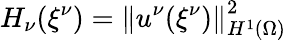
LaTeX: H_{\nu}({\xi^{\nu}})=\left\lVert u^{\nu}({\xi^{\nu}})\right\rVert_{H^{1}(\Omega)}^{2}